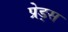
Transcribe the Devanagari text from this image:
प्रेड्स